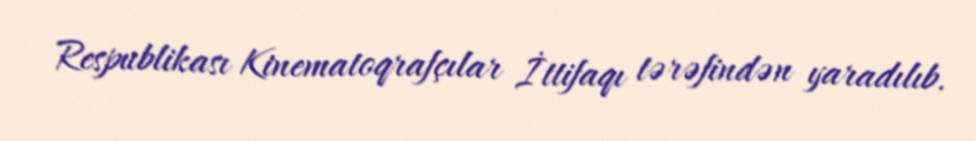
Respublikası Kinematoqrafçılar İttifaqı tərəfindən yaradılıb.